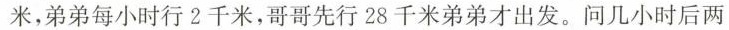
米，弟弟每小时行2千米，哥哥先行28千米弟弟才出发。问几小时后两